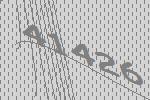
41426